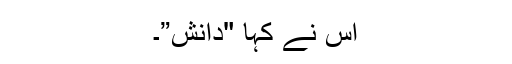
اس نے کہا "دانش”۔